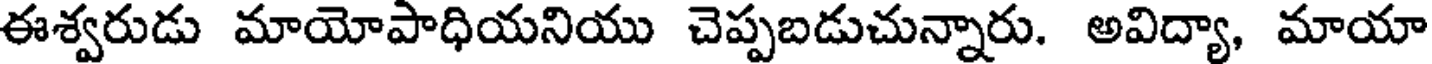
ఈశ్వరుడు మాయోపాధియనియు చెప్పబడుచున్నారు. అవిద్యా, మాయా